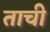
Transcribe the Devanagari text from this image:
ताची